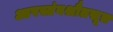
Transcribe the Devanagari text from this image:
आपस्तंबश्रौतसूत्र